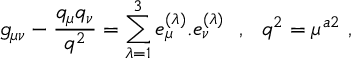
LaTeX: g _ { \mu \nu } - { \frac { q _ { \mu } q _ { \nu } } { q ^ { 2 } } } = \sum _ { \lambda = 1 } ^ { 3 } e _ { \mu } ^ { ( \lambda ) } . e _ { \nu } ^ { ( \lambda ) } ~ ~ , ~ ~ q ^ { 2 } = \mu ^ { a 2 } \ ,